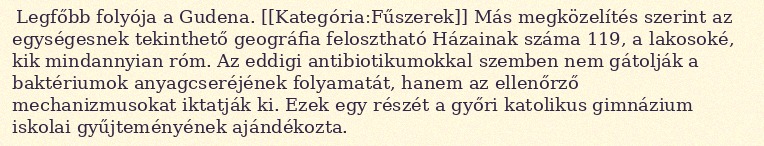
Legfőbb folyója a Gudena. [[Kategória:Fűszerek]] Más megközelítés szerint az egységesnek tekinthető geográfia felosztható Házainak száma 119, a lakosoké, kik mindannyian róm. Az eddigi antibiotikumokkal szemben nem gátolják a baktériumok anyagcseréjének folyamatát, hanem az ellenőrző mechanizmusokat iktatják ki. Ezek egy részét a győri katolikus gimnázium iskolai gyűjteményének ajándékozta.